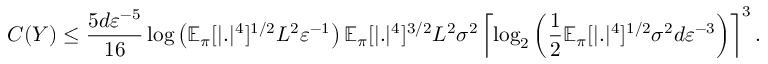
{ \cal C } ( { \cal Y } ) \le \frac { 5 d \varepsilon ^ { - 5 } } { 1 6 } \log \left( \mathbb { E } _ { \pi } [ | . | ^ { 4 } ] ^ { 1 / 2 } L ^ { 2 } \varepsilon ^ { - 1 } \right) \mathbb { E } _ { \pi } [ | . | ^ { 4 } ] ^ { 3 / 2 } L ^ { 2 } \sigma ^ { 2 } \left\lceil \log _ { 2 } \left( \frac { 1 } { 2 } \mathbb { E } _ { \pi } [ | . | ^ { 4 } ] ^ { 1 / 2 } \sigma ^ { 2 } d \varepsilon ^ { - 3 } \right) \right\rceil ^ { 3 } .